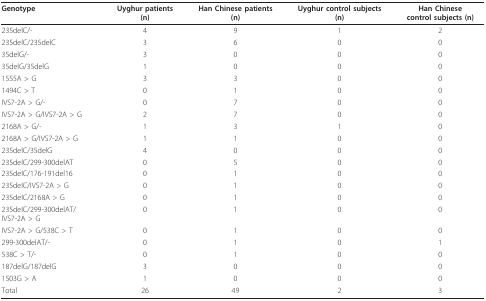
<table><thead><tr><td><b>Genotype</b></td><td><b>Uyghur patients(n)</b></td><td><b>Han Chinese patients(n)</b></td><td><b>Uyghur control subjects(n)</b></td><td><b>Han Chinesecontrol subjects (n)</b></td></tr></thead><tbody><tr><td>235delC/-</td><td>4</td><td>9</td><td>1</td><td>2</td></tr><tr><td>235delC/235delC</td><td>3</td><td>6</td><td>0</td><td>0</td></tr><tr><td>35delG/-</td><td>3</td><td>0</td><td>0</td><td>0</td></tr><tr><td>35delG/35delG</td><td>1</td><td>0</td><td>0</td><td>0</td></tr><tr><td>1555A &gt; G</td><td>3</td><td>3</td><td>0</td><td>0</td></tr><tr><td>1494C &gt; T</td><td>0</td><td>1</td><td>0</td><td>0</td></tr><tr><td>IVS7-2A &gt; G/-</td><td>0</td><td>7</td><td>0</td><td>0</td></tr><tr><td>IVS7-2A &gt; G/IVS7-2A &gt; G</td><td>2</td><td>7</td><td>0</td><td>0</td></tr><tr><td>2168A &gt; G/-</td><td>1</td><td>3</td><td>1</td><td>0</td></tr><tr><td>2168A &gt; G/IVS7-2A &gt; G</td><td>1</td><td>1</td><td>0</td><td>0</td></tr><tr><td>235delC/35delG</td><td>4</td><td>0</td><td>0</td><td>0</td></tr><tr><td>235delC/299-300delAT</td><td>0</td><td>5</td><td>0</td><td>0</td></tr><tr><td>235delC/176-191del16</td><td>0</td><td>1</td><td>0</td><td>0</td></tr><tr><td>235delC/IVS7-2A &gt; G</td><td>0</td><td>1</td><td>0</td><td>0</td></tr><tr><td>235delC/2168A &gt; G</td><td>0</td><td>1</td><td>0</td><td>0</td></tr><tr><td>235delC/299-300delAT/IVS7-2A &gt; G</td><td>0</td><td>1</td><td>0</td><td>0</td></tr><tr><td>IVS7-2A &gt; G/538C &gt; T</td><td>0</td><td>1</td><td>0</td><td>0</td></tr><tr><td>299-300delAT/-</td><td>0</td><td>1</td><td>0</td><td>1</td></tr><tr><td>538C &gt; T/-</td><td>0</td><td>1</td><td>0</td><td>0</td></tr><tr><td>187delG/187delG</td><td>3</td><td>0</td><td>0</td><td>0</td></tr><tr><td>1503G &gt; A</td><td>1</td><td>0</td><td>0</td><td>0</td></tr><tr><td>Total</td><td>26</td><td>49</td><td>2</td><td>3</td></tr></tbody></table>